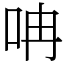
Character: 呥